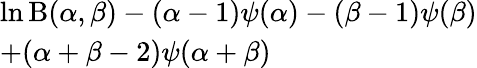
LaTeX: \begin{array}{l}{\ln\mathrm{B}(\alpha,\beta)-(\alpha-1)\psi(\alpha)-(\beta-1)\psi(\beta)}\\ {+(\alpha+\beta-2)\psi(\alpha+\beta)}\end{array}